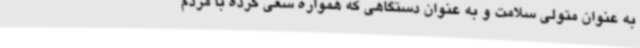
به عنوان متولی سلامت و به عنوان دستگاهی که همواره سعی کرده با مردم